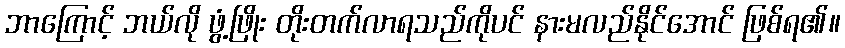
ဘာကြောင့် ဘယ်လို ဖွံ့ဖြိုး တိုးတက်လာရသည်ကိုပင် နားမလည်နိုင်အောင် ဖြစ်ရ၏။